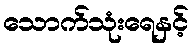
သောက်သုံးရေနှင့်